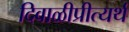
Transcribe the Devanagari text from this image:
दिवाळीप्रीत्यर्थ